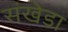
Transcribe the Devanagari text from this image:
संखेडा